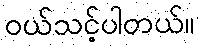
၀ယ်သင့်ပါတယ်။